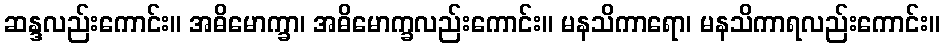
ဆန္ဒလည်းကောင်း။ အဓိမောက္ခာ၊ အဓိမောက္ခလည်းကောင်း။ မနသိကာရော၊ မနသိကာရလည်းကောင်း။